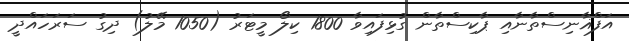
އަފްޣާނިސްތާނާއި ޕާކިސްތާން ގުޅިފައިވާ 1800 ކިލޯ މީޓަރު (1050 މޭލު) ދިގު ސަރަހައްދީ